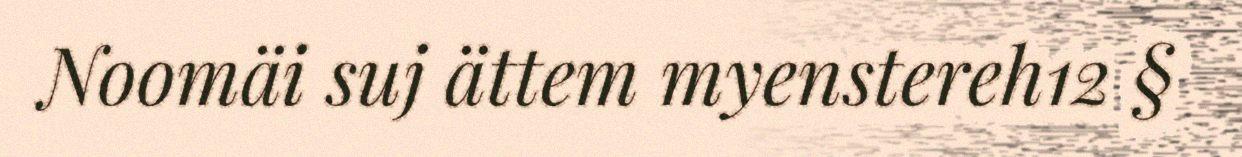
Noomäi suj ättem myenstereh12 §